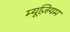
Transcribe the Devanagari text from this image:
म्‍यूज़ियम